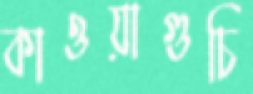
কাওয়াগুচি